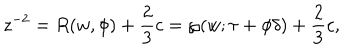
LaTeX: z ^ { - 2 } = R ( w , \phi ) + \frac { 2 } { 3 } c = \wp ( w ; \tau + \phi \delta ) + \frac { 2 } { 3 } c ,